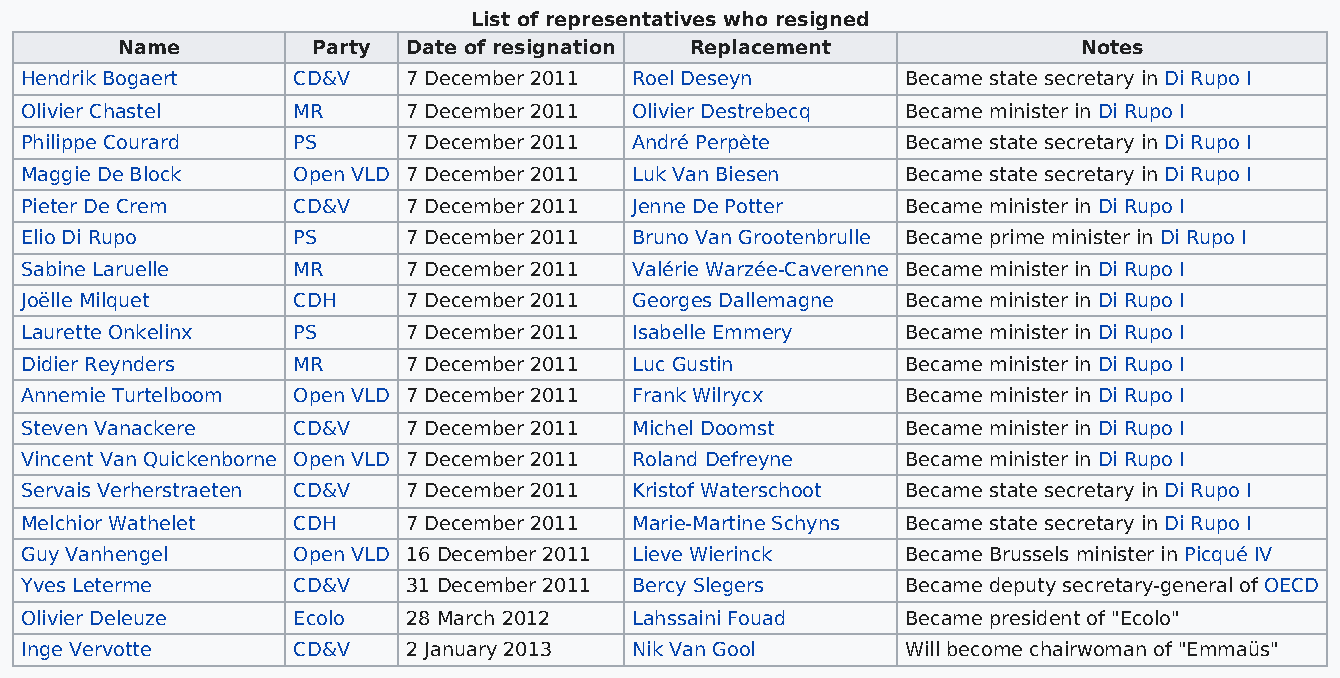
List of representatives who resigned
 Name         Party Date of resignation Replacement              Notes
 Hendrik Bogaert   CD&V    7 December 2011 Roel Deseyn      Became state secretary in Di Rupo I
 Olivier Chastel   MR      7 December 2011 Olivier Destrebecq Became minister in Di Rupo I
 Philippe Courard  PS      7 December 2011 André Perpète    Became state secretary in Di Rupo I
 Maggie De Block   Open VLD 7 December 2011 Luk Van Biesen  Became state secretary in Di Rupo I
 Pieter De Crem    CD&V    7 December 2011 Jenne De Potter  Became minister in Di Rupo I
 Elio Di Rupo      PS      7 December 2011 Bruno Van Grootenbrulle Became prime minister in Di Rupo I
 Sabine Laruelle   MR      7 December 2011 Valérie Warzée-Caverenne Became minister in Di Rupo I
 Joëlle Milquet    CDH     7 December 2011 Georges Dallemagne Became minister in Di Rupo I
 Laurette Onkelinx PS      7 December 2011 Isabelle Emmery  Became minister in Di Rupo I
 Didier Reynders   MR      7 December 2011 Luc Gustin       Became minister in Di Rupo I
 Annemie Turtelboom Open VLD 7 December 2011 Frank Wilrycx  Became minister in Di Rupo I
 Steven Vanackere  CD&V    7 December 2011 Michel Doomst    Became minister in Di Rupo I
 Vincent Van Quickenborne Open VLD 7 December 2011 Roland Defreyne Became minister in Di Rupo I
 Servais Verherstraeten CD&V 7 December 2011 Kristof Waterschoot Became state secretary in Di Rupo I
 Melchior Wathelet CDH     7 December 2011 Marie-Martine Schyns Became state secretary in Di Rupo I
 Guy Vanhengel     Open VLD 16 December 2011 Lieve Wierinck Became Brussels minister in Picqué IV
 Yves Leterme      CD&V    31 December 2011 Bercy Slegers   Became deputy secretary-general of OECD
 Olivier Deleuze   Ecolo   28 March 2012  Lahssaini Fouad   Became president of "Ecolo"
 Inge Vervotte     CD&V    2 January 2013 Nik Van Gool      Will become chairwoman of "Emmaüs"